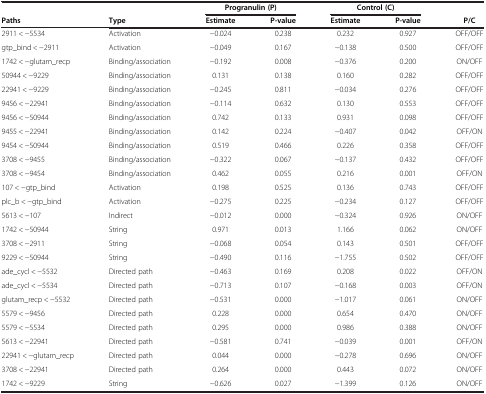
<table><thead><tr><td><b> </b></td><td><b> </b></td><td colspan="2"><b>Progranulin (P)</b></td><td colspan="2"><b>Control (C)</b></td><td><b> </b></td></tr><tr><td><b>Paths</b></td><td><b>Type</b></td><td><b>Estimate</b></td><td><b>P-value</b></td><td><b>Estimate</b></td><td><b>P-value</b></td><td><b>P/C</b></td></tr></thead><tbody><tr><td>2911 &lt; -5534</td><td>Activation</td><td>-0.024</td><td>0.238</td><td>0.232</td><td>0.927</td><td>OFF/OFF</td></tr><tr><td>gtp_bind &lt; -2911</td><td>Activation</td><td>-0.049</td><td>0.167</td><td>-0.138</td><td>0.500</td><td>OFF/OFF</td></tr><tr><td>1742 &lt; -glutam_recp</td><td>Binding/association</td><td>-0.192</td><td>0.008</td><td>-0.376</td><td>0.200</td><td>ON/OFF</td></tr><tr><td>50944 &lt; -9229</td><td>Binding/association</td><td>0.131</td><td>0.138</td><td>0.160</td><td>0.282</td><td>OFF/OFF</td></tr><tr><td>22941 &lt; -9229</td><td>Binding/association</td><td>-0.245</td><td>0.811</td><td>-0.034</td><td>0.276</td><td>OFF/OFF</td></tr><tr><td>9456 &lt; -22941</td><td>Binding/association</td><td>-0.114</td><td>0.632</td><td>0.130</td><td>0.553</td><td>OFF/OFF</td></tr><tr><td>9456 &lt; -50944</td><td>Binding/association</td><td>0.742</td><td>0.133</td><td>0.931</td><td>0.098</td><td>OFF/OFF</td></tr><tr><td>9455 &lt; -22941</td><td>Binding/association</td><td>0.142</td><td>0.224</td><td>-0.407</td><td>0.042</td><td>OFF/ON</td></tr><tr><td>9454 &lt; -50944</td><td>Binding/association</td><td>0.519</td><td>0.466</td><td>0.226</td><td>0.358</td><td>OFF/OFF</td></tr><tr><td>3708 &lt; -9455</td><td>Binding/association</td><td>-0.322</td><td>0.067</td><td>-0.137</td><td>0.432</td><td>OFF/OFF</td></tr><tr><td>3708 &lt; -9454</td><td>Binding/association</td><td>0.462</td><td>0.055</td><td>0.216</td><td>0.001</td><td>OFF/ON</td></tr><tr><td>107 &lt; -gtp_bind</td><td>Activation</td><td>0.198</td><td>0.525</td><td>0.136</td><td>0.743</td><td>OFF/OFF</td></tr><tr><td>plc_b &lt; -gtp_bind</td><td>Activation</td><td>-0.275</td><td>0.225</td><td>-0.234</td><td>0.127</td><td>OFF/OFF</td></tr><tr><td>5613 &lt; -107</td><td>Indirect</td><td>-0.012</td><td>0.000</td><td>-0.324</td><td>0.926</td><td>ON/OFF</td></tr><tr><td>1742 &lt; -50944</td><td>String</td><td>0.971</td><td>0.013</td><td>1.166</td><td>0.062</td><td>ON/OFF</td></tr><tr><td>3708 &lt; -2911</td><td>String</td><td>-0.068</td><td>0.054</td><td>0.143</td><td>0.501</td><td>OFF/OFF</td></tr><tr><td>9229 &lt; -50944</td><td>String</td><td>-0.490</td><td>0.116</td><td>-1.755</td><td>0.502</td><td>OFF/OFF</td></tr><tr><td>ade_cycl &lt; -5532</td><td>Directed path</td><td>-0.463</td><td>0.169</td><td>0.208</td><td>0.022</td><td>OFF/ON</td></tr><tr><td>ade_cycl &lt; -5534</td><td>Directed path</td><td>-0.713</td><td>0.107</td><td>-0.168</td><td>0.003</td><td>OFF/ON</td></tr><tr><td>glutam_recp &lt; -5532</td><td>Directed path</td><td>-0.531</td><td>0.000</td><td>-1.017</td><td>0.061</td><td>ON/OFF</td></tr><tr><td>5579 &lt; -9456</td><td>Directed path</td><td>0.228</td><td>0.000</td><td>0.654</td><td>0.470</td><td>ON/OFF</td></tr><tr><td>5579 &lt; -5534</td><td>Directed path</td><td>0.295</td><td>0.000</td><td>0.986</td><td>0.388</td><td>ON/OFF</td></tr><tr><td>5613 &lt; -22941</td><td>Directed path</td><td>-0.581</td><td>0.741</td><td>-0.039</td><td>0.001</td><td>OFF/ON</td></tr><tr><td>22941 &lt; -glutam_recp</td><td>Directed path</td><td>0.044</td><td>0.000</td><td>-0.278</td><td>0.696</td><td>ON/OFF</td></tr><tr><td>3708 &lt; -22941</td><td>Directed path</td><td>0.264</td><td>0.000</td><td>0.443</td><td>0.072</td><td>ON/OFF</td></tr><tr><td>1742 &lt; -9229</td><td>String</td><td>-0.626</td><td>0.027</td><td>-1.399</td><td>0.126</td><td>ON/OFF</td></tr></tbody></table>